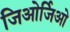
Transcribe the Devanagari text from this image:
जिओर्जिओ